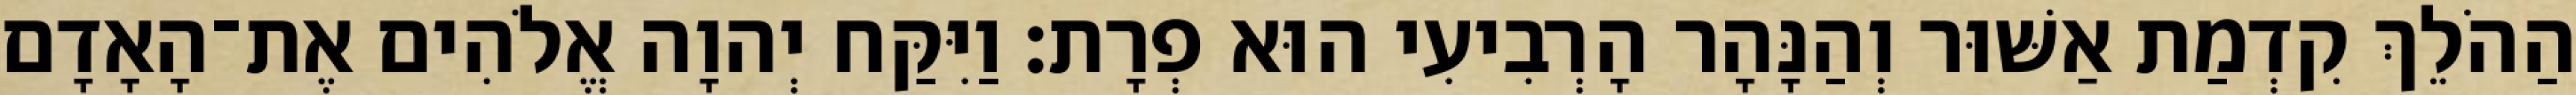
הַהֹלֵךְ קִדְמַת אַשּׁוּר וְהַנָּהָר הָרְבִיעִי הוּא פְרָת׃ וַיִּקַּח יְהוָה אֱלֹהִים אֶת־הָאָדָם